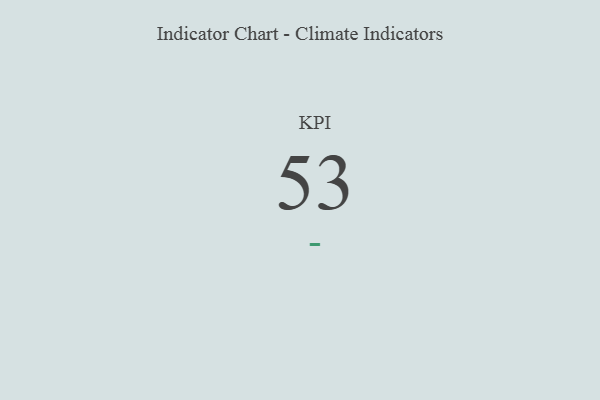
{"axis": {"x": "KPI", "y": "Value"}, "legend": [""], "data": [{"x": "KPI", "y": 53, "type": ""}]}